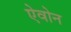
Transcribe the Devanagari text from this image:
ऐवोन